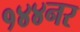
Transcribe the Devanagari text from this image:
१४४नर